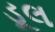
ડૂલ